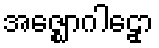
အဇ္ဈောဂါဠှော